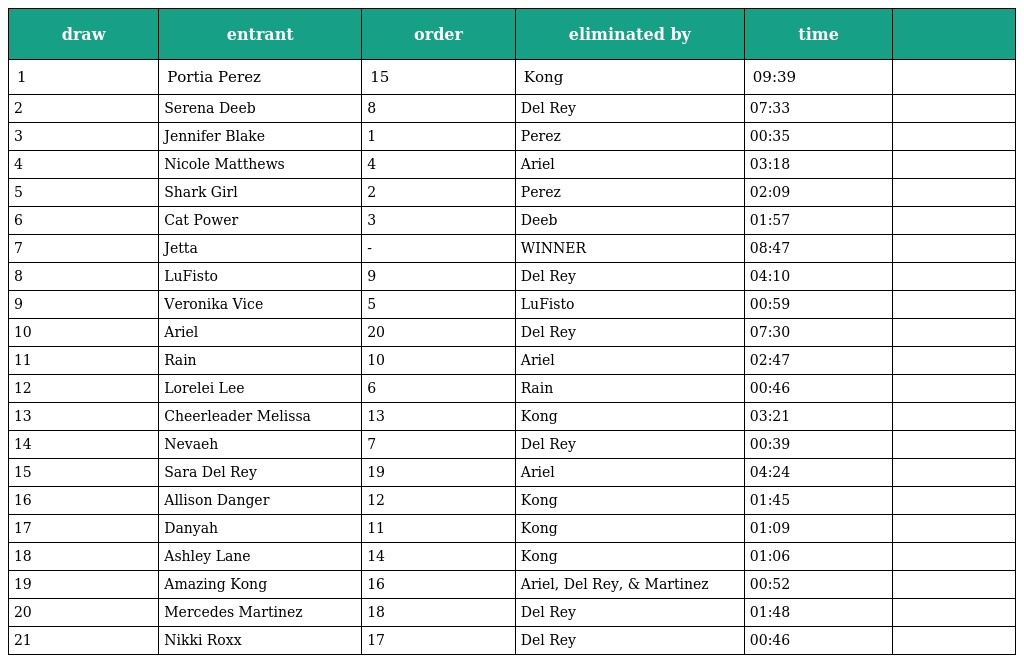
| draw | entrant | order | eliminated by | time |  |
 | --- | --- | --- | --- | --- | --- |
 | 1 | Portia Perez | 15 | Kong | 09:39 |  |
 | 2 | Serena Deeb | 8 | Del Rey | 07:33 |  |
 | 3 | Jennifer Blake | 1 | Perez | 00:35 |  |
 | 4 | Nicole Matthews | 4 | Ariel | 03:18 |  |
 | 5 | Shark Girl | 2 | Perez | 02:09 |  |
 | 6 | Cat Power | 3 | Deeb | 01:57 |  |
 | 7 | Jetta | - | WINNER | 08:47 |  |
 | 8 | LuFisto | 9 | Del Rey | 04:10 |  |
 | 9 | Veronika Vice | 5 | LuFisto | 00:59 |  |
 | 10 | Ariel | 20 | Del Rey | 07:30 |  |
 | 11 | Rain | 10 | Ariel | 02:47 |  |
 | 12 | Lorelei Lee | 6 | Rain | 00:46 |  |
 | 13 | Cheerleader Melissa | 13 | Kong | 03:21 |  |
 | 14 | Nevaeh | 7 | Del Rey | 00:39 |  |
 | 15 | Sara Del Rey | 19 | Ariel | 04:24 |  |
 | 16 | Allison Danger | 12 | Kong | 01:45 |  |
 | 17 | Danyah | 11 | Kong | 01:09 |  |
 | 18 | Ashley Lane | 14 | Kong | 01:06 |  |
 | 19 | Amazing Kong | 16 | Ariel, Del Rey, & Martinez | 00:52 |  |
 | 20 | Mercedes Martinez | 18 | Del Rey | 01:48 |  |
 | 21 | Nikki Roxx | 17 | Del Rey | 00:46 |  |